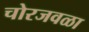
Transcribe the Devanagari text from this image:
चोरजवळा